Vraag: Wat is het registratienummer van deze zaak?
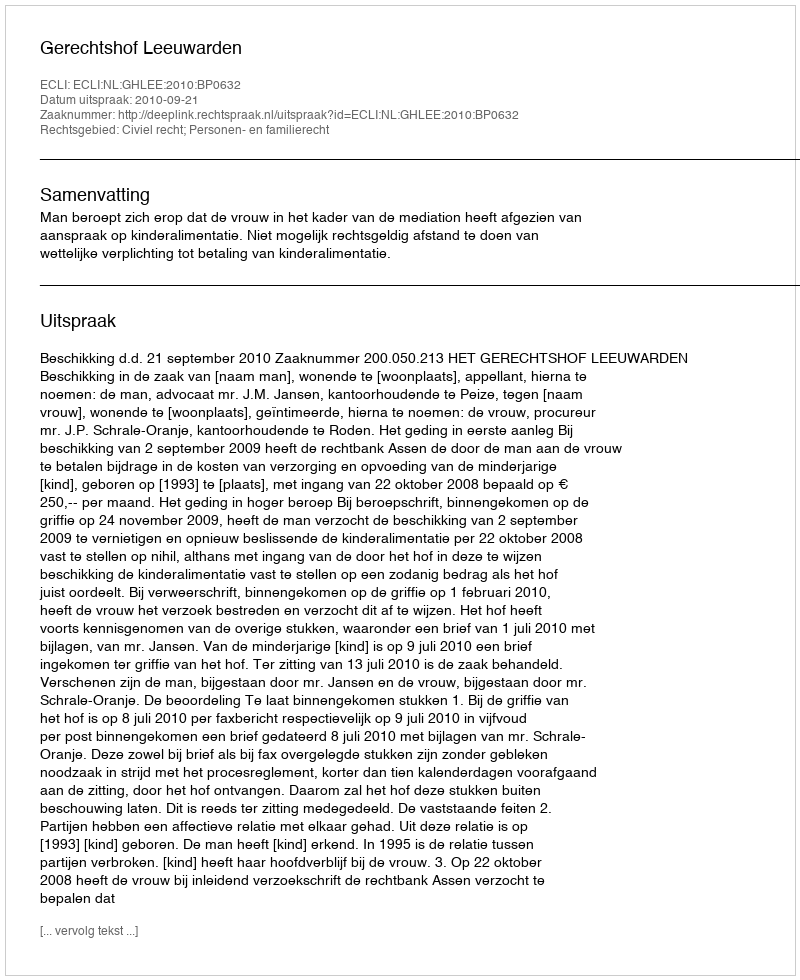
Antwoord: http://deeplink.rechtspraak.nl/uitspraak?id=ECLI:NL:GHLEE:2010:BP0632